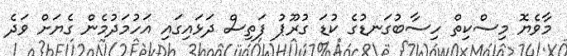
މާވެޔޮ މިސްކިތް ހިސާބުގަނޑުގެ ކުޑަ ގުރޫޕު ފަތިސް ދަޅައިގައި އަހުމަދުމެން ގެޔަށް ވަދެ